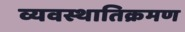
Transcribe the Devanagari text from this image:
व्यवस्थातिक्रमण